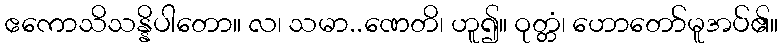
ဧကောသိသန္နိပါတော။ လ၊ သမာ..ဏေတိ၊ ဟူ၍။ ဝုတ္တံ၊ ဟောတော်မူအပ်၏။